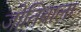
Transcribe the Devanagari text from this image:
जोतिबाला